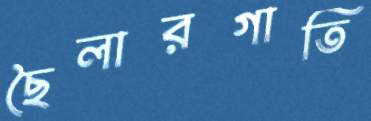
ছৈলারগাতি